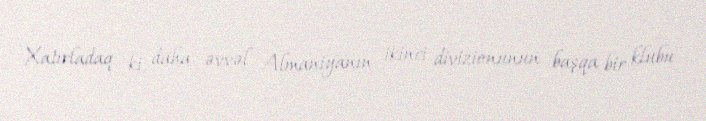
Xatırladaq ki, daha əvvəl Almaniyanın ikinci divizionunun başqa bir klubu -